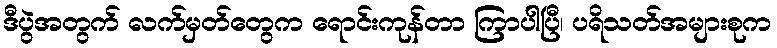
ဒီပွဲအတွက် လက်မှတ်တွေက ရောင်းကုန်တာ ကြာပါပြီ၊ ပရိသတ်အများစုက